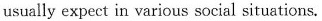
usually expect in various social situations.